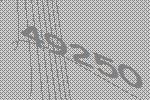
49250